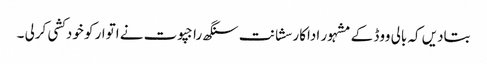
بتادیں کہ بالی ووڈ کے مشہور اداکار سشانت سنگھ راجپوت نے اتوار کو خودکشی کرلی ۔